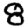
Digit: 8